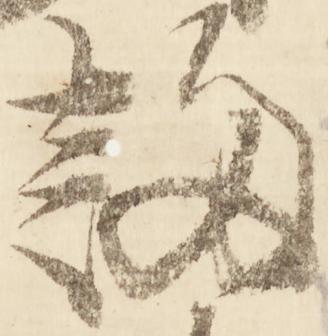
謅